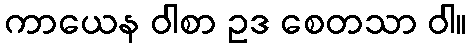
ကာယေန ဝါစာ ဥဒ စေတသာ ဝါ။